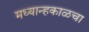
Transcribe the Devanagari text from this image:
मध्यान्हकाळचा